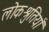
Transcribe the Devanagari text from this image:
लोकश्रुतियाँ